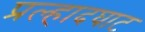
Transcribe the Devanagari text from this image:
प्रल्हादघाट